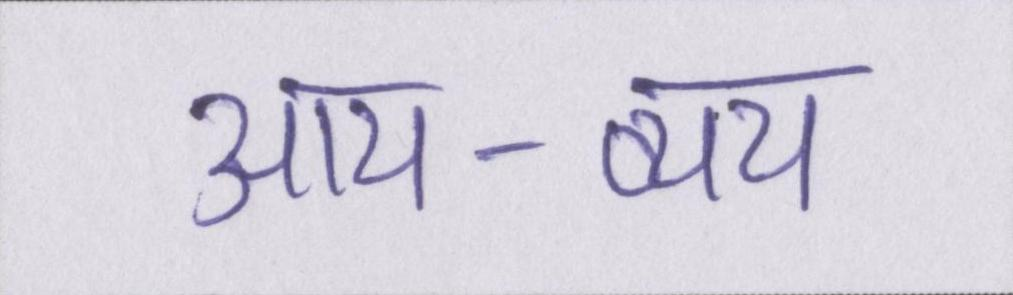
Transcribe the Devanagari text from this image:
आय-व्यय